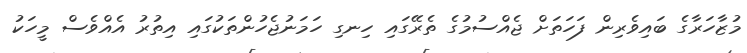
މުޒާހަރާގެ ބައިވެރިން ފަހަތަށް ޖެއްސުމުގެ ތެރޭގައި ހިނގި ހަމަނުޖެހުންތަކުގައި އިތުރު އެއްވެސް މީހަކު